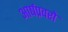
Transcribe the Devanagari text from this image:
आर्षप्रवरो